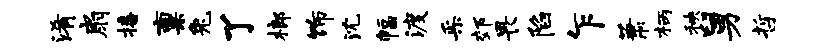
淆扇播禀兔了榔饰沈幅渡采郊畏陷乍萧柄秧舅哲